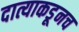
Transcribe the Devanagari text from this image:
दात्याकडूनच